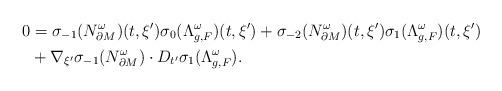
LaTeX: \begin{align*}0 &= \sigma_{-1}(N^\omega_{\partial M})(t,\xi')\sigma_0(\Lambda_{g,F}^\omega)(t,\xi')+\sigma_{-2}(N^\omega_{\partial M})(t,\xi')\sigma_1(\Lambda_{g,F}^\omega)(t,\xi')\\&+\nabla_{\xi'} \sigma_{-1}(N^\omega_{\partial M}) \cdot D_{t'} \sigma_1(\Lambda_{g,F}^\omega).\end{align*}